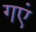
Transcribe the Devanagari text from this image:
गएं